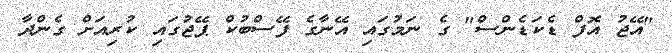
"އޭޖު އޮފް ޑެކަޑެންސް" ގެ ނަމުގައި އޭނާގެ ފޭސްބުކް ޕޭޖުގައި ކުރިއަށް ގެންދާ